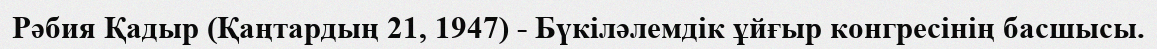
Рәбия Қадыр (Қаңтардың 21, 1947) - Бүкіләлемдік ұйғыр конгресінің басшысы.